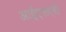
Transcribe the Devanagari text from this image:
आईएफएबी